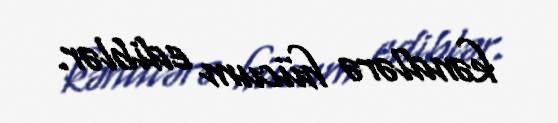
kəndlərə hücum ediblər.